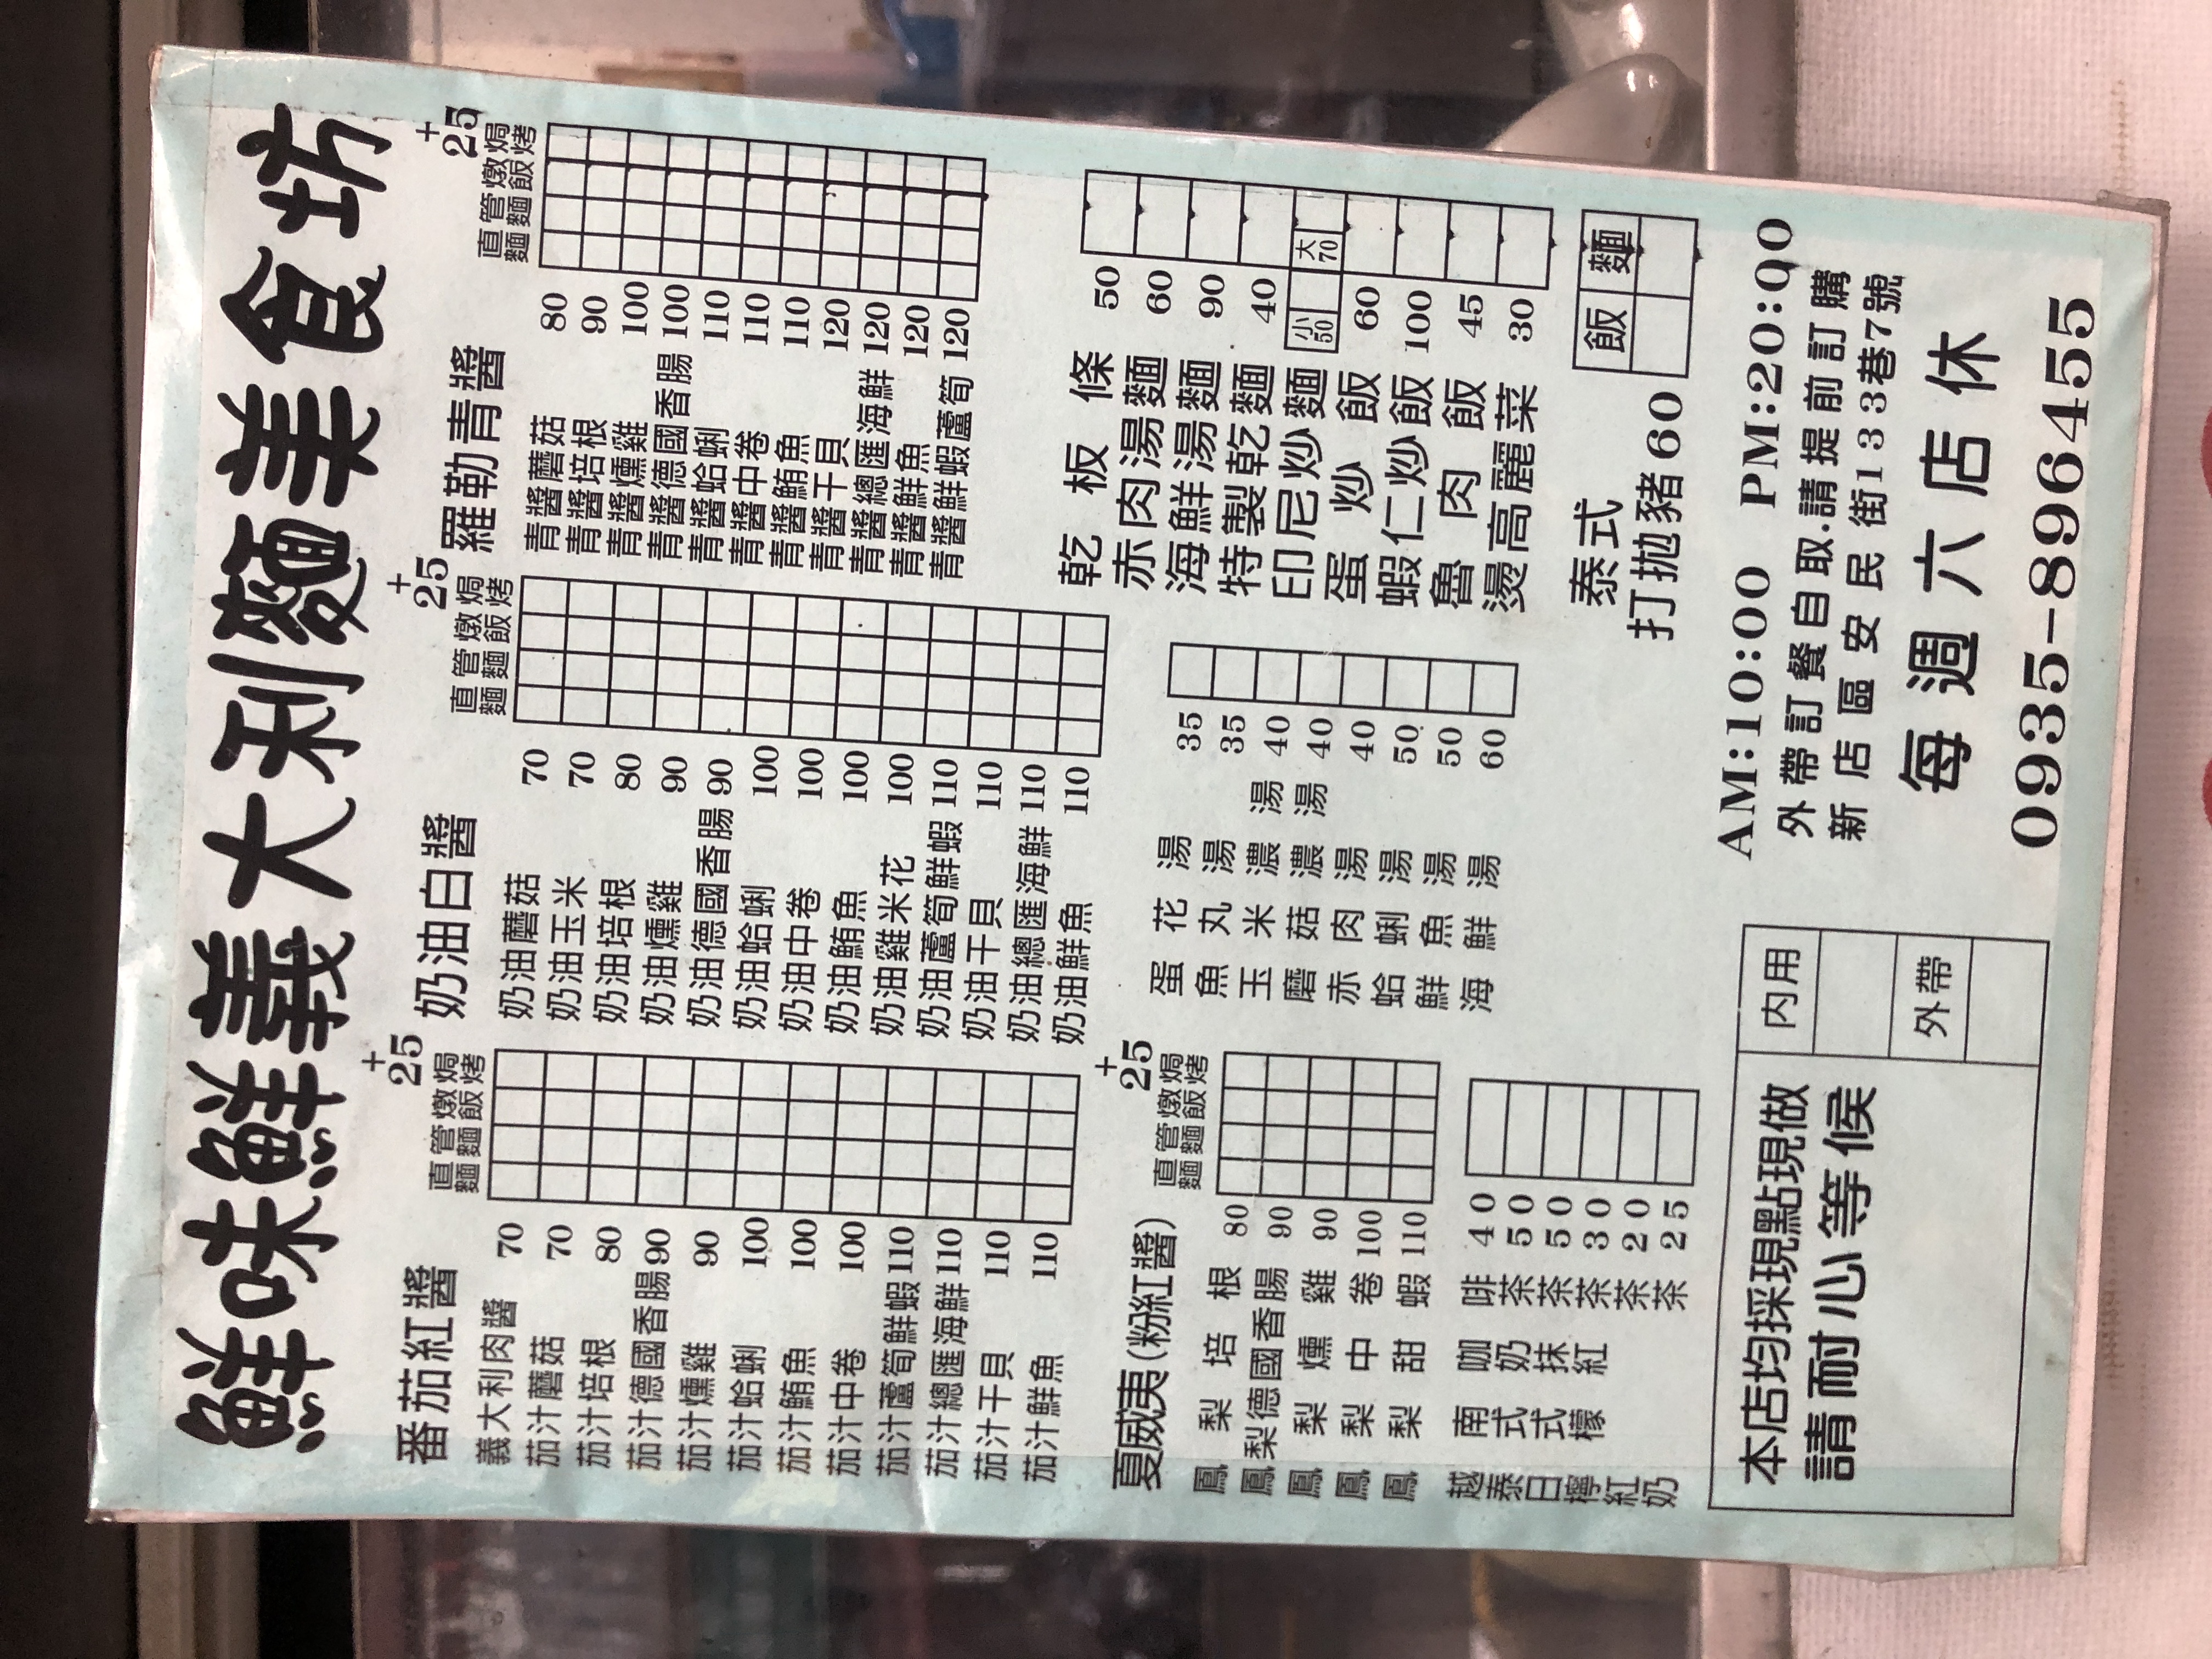
餐廳：鮮味鮮義大利麵美食坊
地址：新店區安民街133巷7號
電話：0935-896455
營業時間：AM 10:00 - PM 20:00, Closed every Saturday
菜單：
name: 義大利肉醬
price: 70
name: 茄汁蘑菇
price: 80
name: 茄汁培根
price: 90
name: 茄汁德式香腸
price: 90
name: 茄汁燻雞
price: 100
name: 茄汁蛤蜊
price: 100
name: 茄汁中卷
price: 100
name: 茄汁鮪魚
price: 100
name: 茄汁雞米花
price: 100
name: 茄汁蘆筍鮮蝦
price: 110
name: 茄汁總匯海鮮
price: 110
name: 茄汁干貝
price: 110
name: 茄汁鮮魚
price: 110
name: 奶油蘑菇
price: 70
name: 奶油玉米
price: 80
name: 奶油培根
price: 90
name: 奶油德式香腸
price: 100
name: 奶油燻雞
price: 100
name: 奶油蛤蜊
price: 110
name: 奶油中卷
price: 110
name: 奶油鮪魚
price: 110
name: 奶油雞米花
price: 110
name: 奶油蘆筍鮮蝦
price: 120
name: 奶油總匯海鮮
price: 120
name: 奶油干貝
price: 120
name: 奶油鮮魚
price: 120
name: 羅勒蘑菇
price: 80
name: 羅勒培根
price: 90
name: 羅勒德式香腸
price: 100
name: 羅勒燻雞
price: 100
name: 羅勒蛤蜊
price: 110
name: 羅勒中卷
price: 110
name: 羅勒鮪魚
price: 110
name: 羅勒蘆筍鮮蝦
price: 120
name: 羅勒總匯海鮮
price: 120
name: 羅勒干貝
price: 120
name: 羅勒鮮魚
price: 120
name: 鳳梨培根
price: 80
name: 鳳梨德式香腸
price: 90
name: 鳳梨燻雞
price: 90
name: 鳳梨中卷
price: 100
name: 鳳梨甜蝦
price: 110
name: 咖哩雞肉飯
price: 100
name: 高麗菜飯
price: 45
name: 泰式打拋豬飯
price: 60
name: 直管麵焗烤飯
price: 120
name: 陽春湯麵
price: 50
name: 魚丸湯麵
price: 60
name: 玉米濃湯麵
price: 40
name: 蘑菇濃湯麵
price: 40
name: 肉羹湯麵
price: 40
name: 蛤蜊湯麵
price: 50
name: 鮮魚湯麵
price: 50
name: 海鮮湯麵
price: 60
name: 乾板條
price: 50
name: 海鮮炒麵
price: 90
name: 特製乾麵
price: 60
name: 奶油蝦仁炒麵 (小)
price: 50
name: 奶油蝦仁炒麵 (大)
price: 70
name: 奶油蝦仁炒飯
price: 100
name: 泰式打拋豬
price: 60
name: 咖啡
price: 40
name: 奶茶
price: 30
name: 抹茶
price: 30
name: 紅茶
price: 20